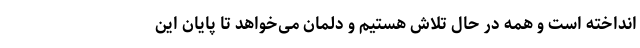
انداخته است و همه در حال تلاش هستیم و دلمان می‌خواهد تا پایان این